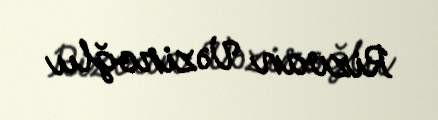
Rizvan Vəziroğlu